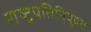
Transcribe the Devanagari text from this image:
राष्ट्रपतिनियुक्त